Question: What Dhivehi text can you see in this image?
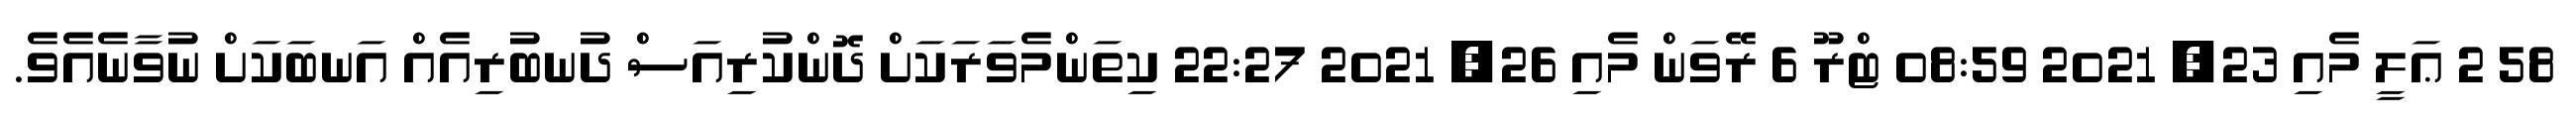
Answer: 58 2 ޢަލީ މެއި 23, 2021 08:59 ޓްރޫ 6 ރޭވަން މެއި 26, 2021 22:27 ކިތަންމެވަރަކަށް ދޮންކުރިއަސް ދުނބުރިއެއް އަނބަކަށް ނުވާނެއެވެ.